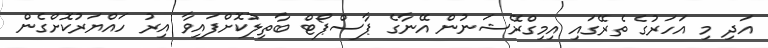
އަދި މި އަހަރުގެ ތެރޭގައި އިމިގްރޭޝަނުން އޭނާގެ ޕާސްޕޯޓް ބާތިލުކޮށްފައިވާ އިރު ހައްޔަރުކޮށްގެން